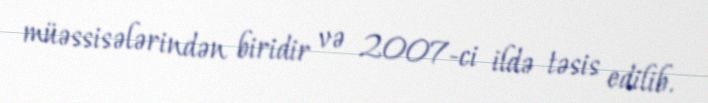
müəssisələrindən biridir və 2007-ci ildə təsis edilib.